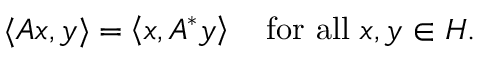
\langle A x , y \rangle = \left\langle x , A ^ { * } y \right\rangle \quad { \mathrm { f o r ~ a l l ~ } } x , y \in H .